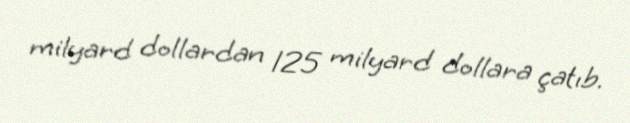
milyard dollardan 125 milyard dollara çatıb.